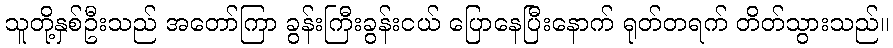
သူတို့နှစ်ဦးသည် အတော်ကြာ ခွန်းကြီးခွန်းငယ် ပြောနေပြီးနောက် ရုတ်တရက် တိတ်သွားသည်။